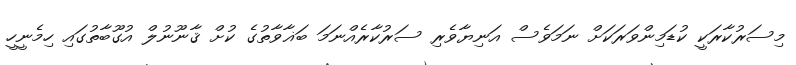
މިސަރުކާރަކީ ކުޑަމިންވަރަކަށް ނަމަވެސް އަނިޔާވެރި ސަރުކާރެއްނަމަ ބަޣާވާތުގެ ކުށް ޤާނޫނުލް އުގޫބާތުގައި ހިމެނީހީ